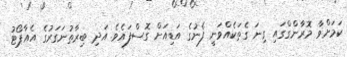
ކަމަށްވާ މޮރާންގްގައި ގިނަ ގެތަކެއްވަނީ ފެނުގެ އަޑިއަށް ގޮސްފައެވެ. އަދި ބިރާތުނަގަރުގެ އެއާޕޯޓު